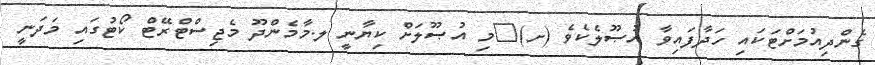
ގެންދިއުމަށްޓަކައި ހަދާފައިވާ އުޞޫލެކެވެ (ށ)	މި އުޞޫލަށް ކިޔާނީ ލ.މާމެންދޫ މެޖިސްޓްރޭޓް ކޯޓުގައި މަދަނީ